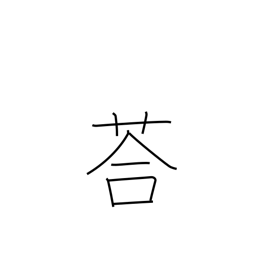
Meaning: adzuki beans